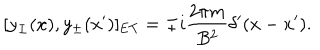
[ y _ { \pm } ( x ) , y _ { \pm } ( x ^ { \prime } ) ] _ { \mathrm { E T } } = \mp i { \frac { 2 \pi m } { B ^ { 2 } } } \delta ^ { \prime } ( x - x ^ { \prime } ) .